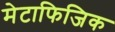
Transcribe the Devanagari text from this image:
मेटाफिजिक